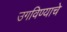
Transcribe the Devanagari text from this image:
उगविण्याचे